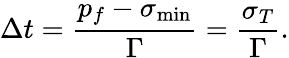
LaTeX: \Delta t=\frac{p_{f}-\sigma_{\mathrm{min}}}{\Gamma}=\frac{\sigma_{T}}{\Gamma}.